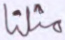
مثلنا